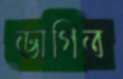
ভাগিত